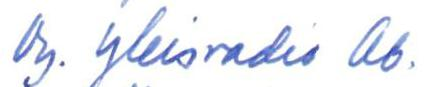
Oy. Yleisradio Ab.